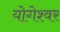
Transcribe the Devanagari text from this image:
योगेश्‍वर